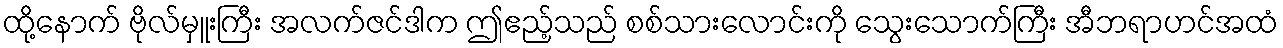
ထို့နောက် ဗိုလ်မှူးကြီး အလက်ဇင်ဒါက ဤဧည့်သည် စစ်သားလောင်းကို သွေးသောက်ကြီး အီဘရာဟင်အထံ